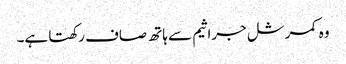
وہ کمرشل جراثیم سے ہاتھ صاف رکھتا ہے۔